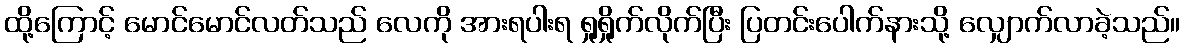
ထို့ကြောင့် မောင်မောင်လတ်သည် လေကို အားရပါးရ ရှုရှိုက်လိုက်ပြီး ပြတင်းပေါက်နားသို့ လျှောက်လာခဲ့သည်။